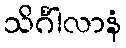
သိင်္ဂါလာနံ